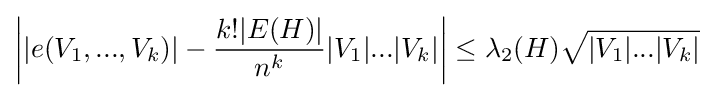
\left||e(V_{1},...,V_{k})|-{\frac {k!|E(H)|}{n^{k}}}|V_{1}|...|V_{k}|\right|\leq \lambda _{2}(H){\sqrt {|V_{1}|...|V_{k}|}}